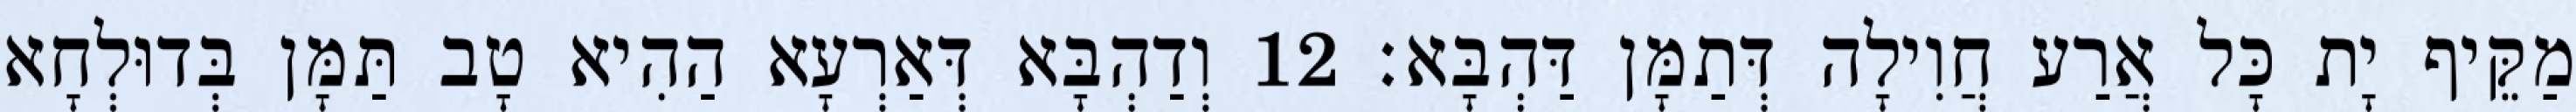
מַקֵּיף יָת כָּל אֲרַע חֲוִילָה דְּתַמָּן דַּהְבָּא׃ 12 וְדַהְבָּא דְּאַרְעָא הַהִיא טָב תַּמָּן בְּדוּלְחָא